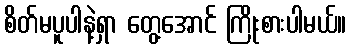
စိတ်မပူပါနဲ့ရှာ တွေ့အောင် ကြိုးစားပါမယ်။